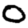
Digit: 0